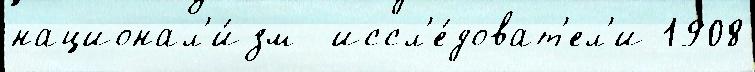
национал'и́зм  иссл'е́доват'ел'и 1908